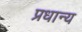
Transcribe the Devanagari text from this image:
प्रधान्य